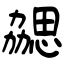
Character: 勰